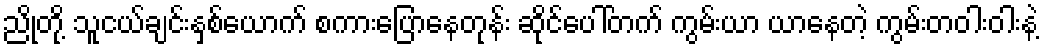
ညိုတို့ သူငယ်ချင်းနှစ်ယောက် စကားပြောနေတုန်း ဆိုင်ပေါ်တက် ကွမ်းယာ ယာနေတဲ့ ကွမ်းတဝါးဝါးနဲ့